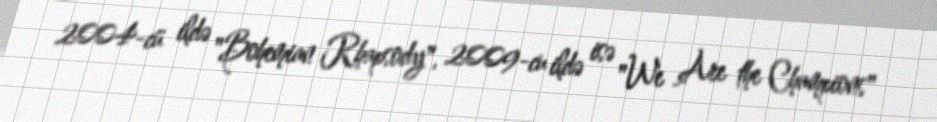
2004-cü ildə "Bohemian Rhapsody", 2009-cu ildə isə "We Are the Champions"